Vaccination United Provinces of Agra and Oudh 1923-1928 - 1923-1928
Year: 1923
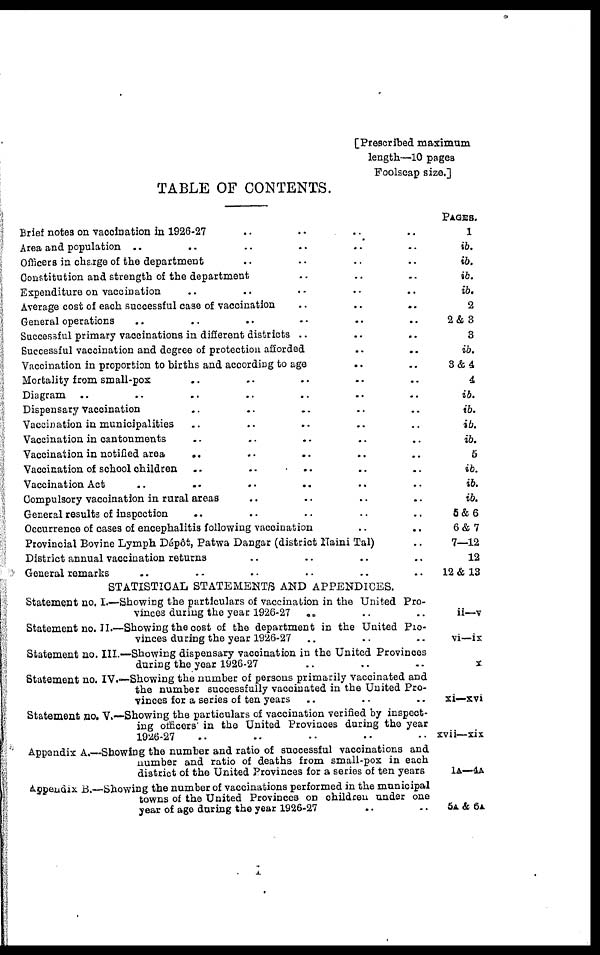
[Prescribed maximum
length—10 pages
Foolscap size.]
TABLE OF CONTENTS.
Brief notes on vaccination in 1926-27
..
.. .. ..
Area and population .. .. .. .. .. ..
Officers in charge of the department .. .. .. ..
Constitution and strength of the department .. .. ..
Expenditure on vaccination .. .. .. .. ..
Average cost of each successful case of vaccination .. .. ..
General operations .. .. .. .. .. ..
Successful primary vaccinations in different districts .. .. ..
Successful vaccination and degree of protection afforded .. ..
Vaccination in proportion to births and according to age .. ..
Mortality from small-pox .. .. .. .. ..
Diagram .. .. .. .. .. .. ..
Dispensary vaccination .. .. .. .. ..
Vaccination in municipalities .. .. .. .. ..
Vaccination in cantonments .. .. .. .. ..
Vaccination in notified area
.. .. .. .. ..
Vaccination of school children .. .. .. .. ..
Vaccination Act .. .. .. .. .. ..
Compulsory vaccination in rural areas .. .. .. ..
General results of inspection .. .. .. .. ..
Occurrence of cases of encephalitis following vaccination .. ..
Provincial Bovine Lymph Dépôt, Patwa Dangar (district Naini Tal) ..
District annual vaccination returns .. .. .. ..
General remarks .. .. .. .. .. ..
STATISTICAL STATEMENTS AND APPENDICES.
Statement no. I.—Showing the particulars of vaccination in the United Pro-
vinces during the year 1926-27
.. .. ..
Statementno.II.—Showing the cost of the department in the United Pro-
vinces during the year 1926-27 .. .. ..
Statement no. III.—Showing dispensary vaccination in the United Provinces
during the year 1926-27 .. .. ..
Statement no. IV.—Showing the number of persons primarily vaccinated and
the number successfully vaccinated in the United Pro-
vinces for a series of ten years .. .. ..
Statement no. V.—Showing the particulars of vaccination verified by inspect-
ing officers in the United Provinces during the year
1926-27 .. .. .. .. ..
Appendix A.—Showing the number and ratio of successful vaccinations and
number and ratio of deaths from small-pox in each
district of the United Provinces for a series of ten years
Appendix B.—Showing the number of vaccinations performed in the municipal
towns of the United Provinces on children under one
year of age during the year 1926-27 .. ..
PAGES.
1
ib.
ib.
ib.
ib.
2
2& 3
3
ib.
3&4
4
ib.
ib.
ib.
ib.
5
ib.
ib.
ib.
5&6
6&7
7—12
12
12& 13
ii—v
vi—ix
x
xi—xvi
xvii—xix
1A—4A
5A & 6A